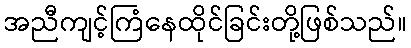
အညီကျင့်ကြံနေထိုင်ခြင်းတို့ဖြစ်သည်။